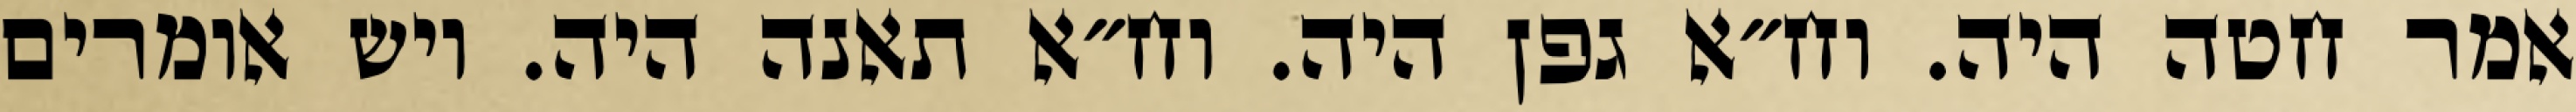
אמר חטה היה. וח״א גפן היה. וח״א תאנה היה. ויש אומרים